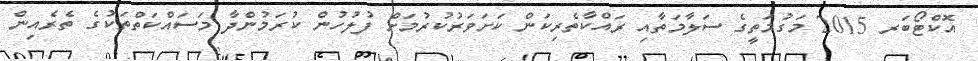
އޮކްޓޯބަރ 2015 މަގުމަތީގެ ސަލާމަތާއި ރައްކާތެރިކަން ކަށަވަރުކުރުމަށް ފުލުހުން ކުރަމުންދާ މަސައްކަތްތަކުގެ ތެރެއިން